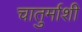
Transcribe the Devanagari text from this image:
चातुर्माशी